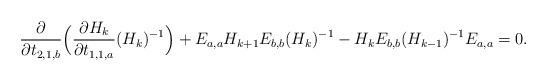
LaTeX: \begin{align*}\frac{\partial}{\partial t_{2,1,b}}\Big(\frac{\partial H_k}{\partial t_{1,1,a}}(H_k)^{-1}\Big)+E_{a,a}H_{k+1}E_{b,b}(H_{k})^{-1}-H_kE_{b,b}(H_{k-1})^{-1}E_{a,a}=0.\end{align*}